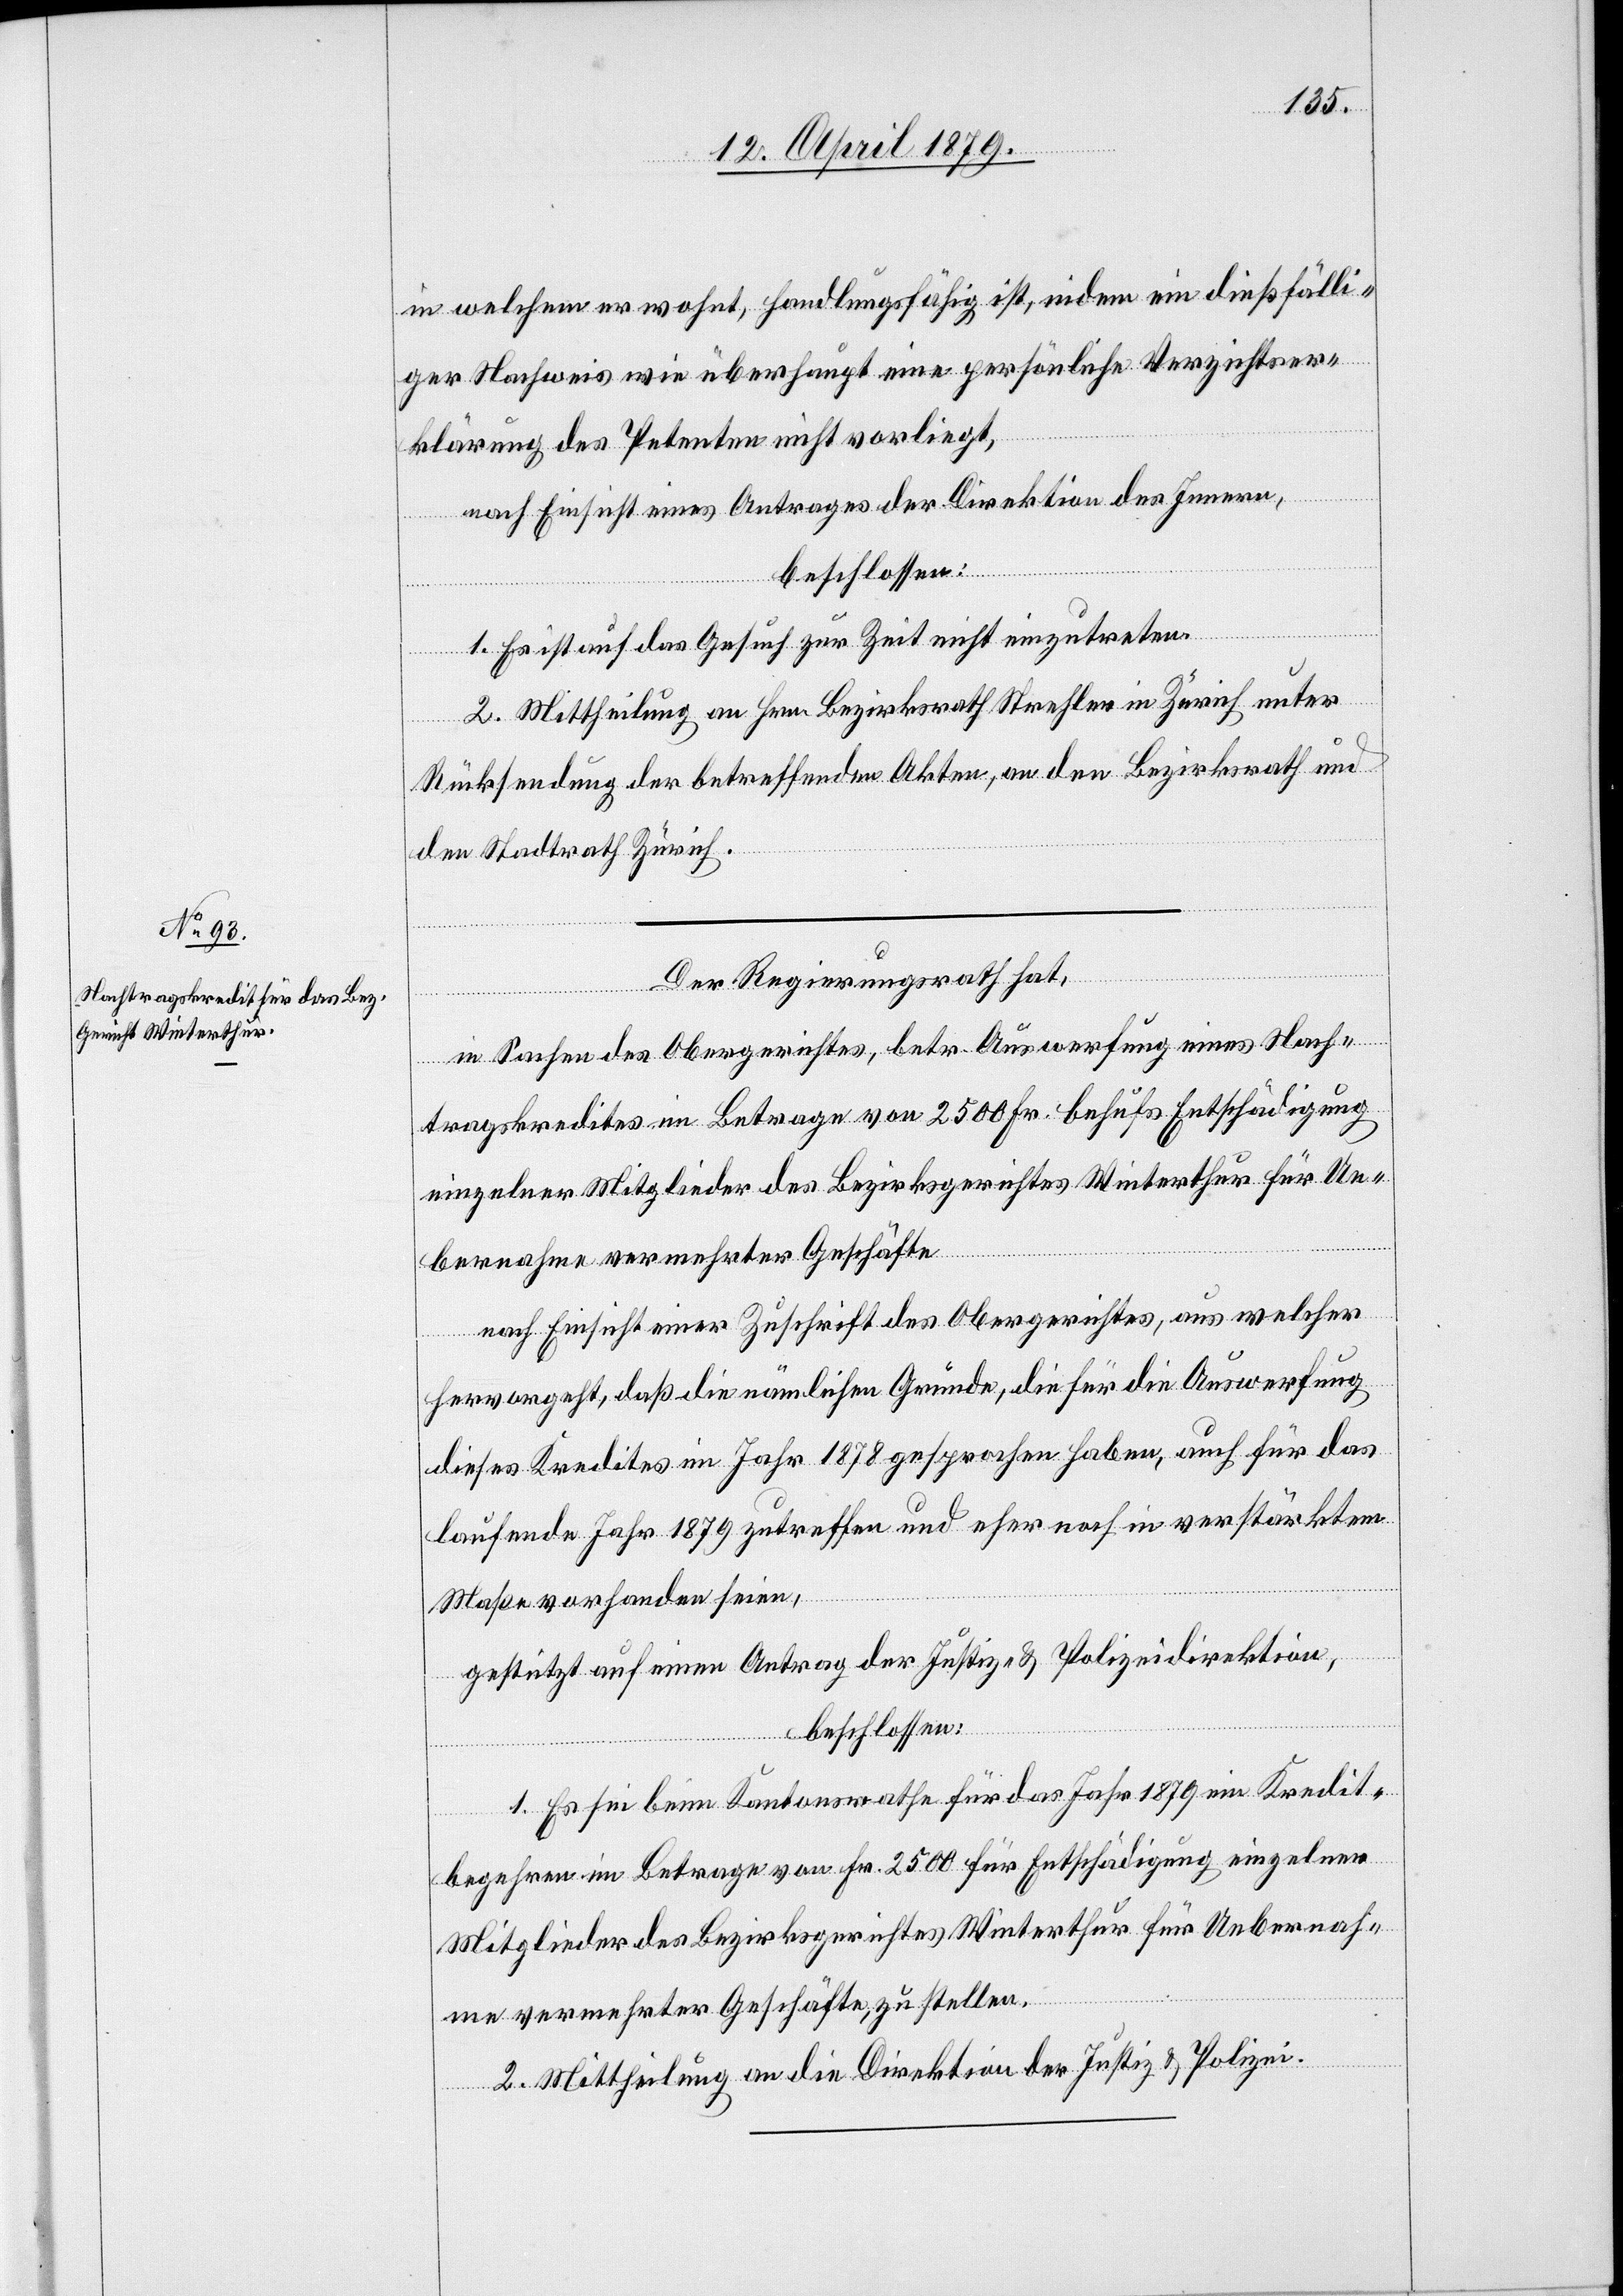
in welchem er wohnt, handlungsfähig ist, indem ein dießfälli¬
ger Nachweis wie überhaupt eine persönliche Verzichtser¬
klärung des Petenten nicht vorliegt,
nach Einsicht eines Antrages der Direktion des Innern,
beschlossen:
1. Es ist auf das Gesuch zur Zeit nicht einzutreten.
2. Mittheilung an Hrn. Bezirksrath Strehler in Zürich unter
Rücksendung der betreffenden Akten, an den Bezirksrath und
den Stadtrath Zürich.
Der Regierungsrath hat,
in Sachen des Obergerichtes, betr. Auswerfung eines Nach¬
tragskredites im Betrage von 2500 Fr. behufs Entschädigung
einzelner Mitglieder des Bezirksgerichtes Winterthur für Ue¬
bernahme vermehrter Geschäfte
nach Einsicht einer Zuschrift des Obergerichtes, aus welcher
hervorgeht, daß die nämlichen Gründe die für die Auswerfung
dieses Kredites im Jahr 1878 gesprochen haben, auch für das
laufende Jahr 1879 zutreffen und eher noch in verstärktem
Maße vorhanden seien,
gestützt auf einen Antrag der Justiz- & Polizeidirektion,
beschlossen:
1. Es sei beim Kantonsrathe für das Jahr 1879 ein Kredit¬
begehren im Betrage von Fr. 2500 für Entschädigung einzelner
Mitglieder des Bezirksgerichtes Winterthur für Uebernah¬
me vermehrter Geschäfte, zu stellen.
2. Mittheilung an die Direktion der Justiz & Polizei.